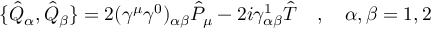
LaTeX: \{ \hat { Q } _ { \alpha } , \hat { Q } _ { \beta } \} = 2 ( \gamma ^ { \mu } \gamma ^ { 0 } ) _ { \alpha \beta } \hat { P } _ { \mu } - 2 i \gamma _ { \alpha \beta } ^ { 1 } \hat { T } \quad , \quad \alpha , \beta = 1 , 2